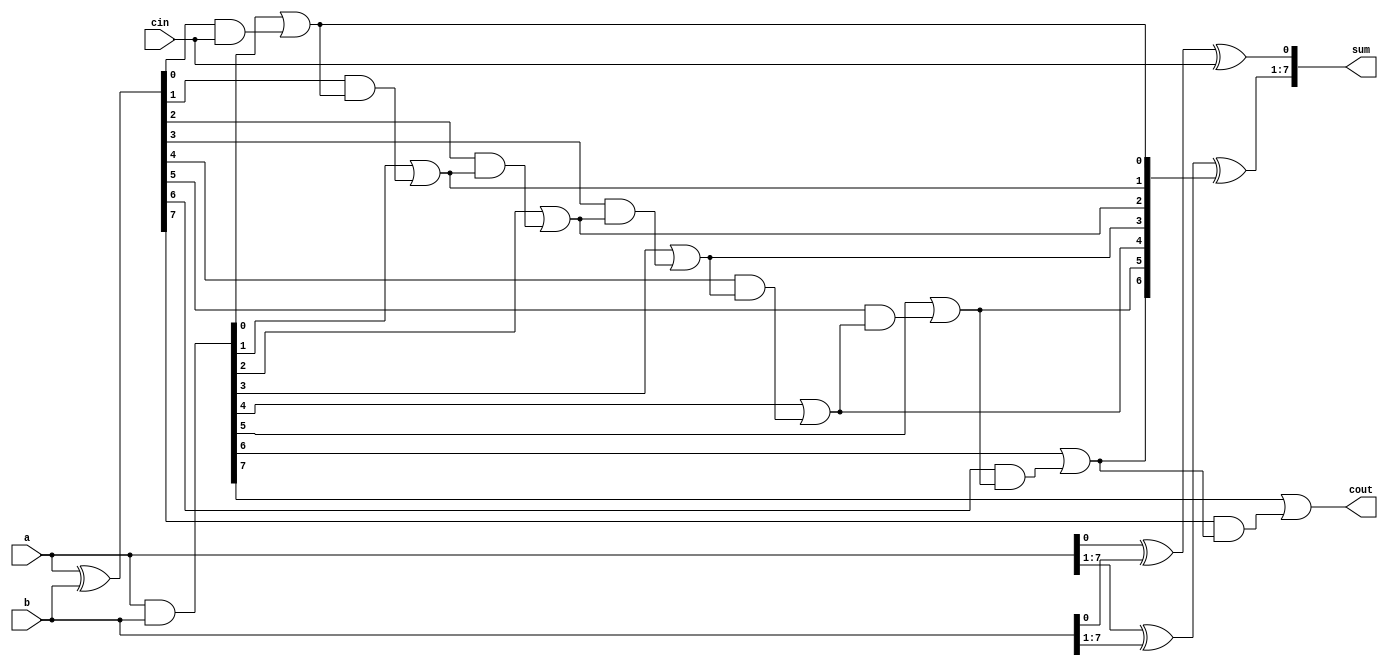
module Carry_lookahead_adder_8bit(a,b,cin,sum,cout);
	input [7:0] a,b;
	input cin;
	output [7:0] sum;
	output cout;
	wire [7:0] c,p,g;
	
	assign g=a&b;
	assign p=a^b;
	assign c[0]=g[0]|(p[0]&cin);
	assign c[1]=g[1]|(p[1]&c[0]);
	assign c[2]=g[2]|(p[2]&c[1]);
	assign c[3]=g[3]|(p[3]&c[2]);

	assign c[4]=g[4]|(p[4]&c[3]);
	assign c[5]=g[5]|(p[5]&c[4]);
	assign c[6]=g[6]|(p[6]&c[5]);
	assign c[7]=g[7]|(p[7]&c[6]);

	assign cout=c[7];
	
	assign sum[0]=a[0]^b[0]^cin;
	assign sum[7:1]=a[7:1]^b[7:1]^c[6:0];
endmodule

module adder32(a,b,r);
	input [31:0] a,b;
	output [31:0] r;
	
	wire [2:0] cmid;
	
	Carry_lookahead_adder_8bit adder1(.a(a[7:0]),.b(b[7:0]),.cin(1'b0),.sum(r[7:0]),.cout(cmid[0]));
	Carry_lookahead_adder_8bit adder2(.a(a[15:8]),.b(b[15:8]),.cin(cmid[0]),.sum(r[15:8]),.cout(cmid[1]));
	Carry_lookahead_adder_8bit adder3(.a(a[23:16]),.b(b[23:16]),.cin(cmid[1]),.sum(r[23:16]),.cout(cmid[2]));
	Carry_lookahead_adder_8bit adder4(.a(a[31:24]),.b(b[31:24]),.cin(cmid[2]),.sum(r[31:24]),.cout());
endmodule

module hadd(a,b,sum,cout);
	input a,b;
	output sum,cout;
	
	assign sum=a^b;
	assign cout=a&b;
endmodule

module fadd(a,b,cin,sum,cout);
	input a,b,cin;
	output sum,cout;
	
	assign sum=a^b^cin;
	assign cout=(a&b)|(a&cin)|(b&cin);
endmodule

module addsub32(a,b,sub,r);
	input [31:0] a,b;
	input sub;
	output [31:0] r;
	
	wire [31:0] bin;
	wire [2:0] cmid;

	assign bin=b^{32{sub}};
	
	Carry_lookahead_adder_8bit adder1(.a(a[7:0]),.b(bin[7:0]),.cin(sub),.sum(r[7:0]),.cout(cmid[0]));
	Carry_lookahead_adder_8bit adder2(.a(a[15:8]),.b(bin[15:8]),.cin(cmid[0]),.sum(r[15:8]),.cout(cmid[1]));
	Carry_lookahead_adder_8bit adder3(.a(a[23:16]),.b(bin[23:16]),.cin(cmid[1]),.sum(r[23:16]),.cout(cmid[2]));
	Carry_lookahead_adder_8bit adder4(.a(a[31:24]),.b(bin[31:24]),.cin(cmid[2]),.sum(r[31:24]),.cout());
endmodule